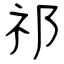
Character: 祁